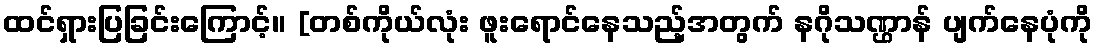
ထင်ရှားပြခြင်းကြောင့်။ [တစ်ကိုယ်လုံး ဖူးရောင်နေသည့်အတွက် နဂိုသဏ္ဌာန် ပျက်နေပုံကို